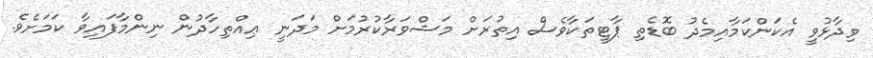
ވިދާޅުވީ އެކަންކަމާއިމެދު ބޮޑެތި ޕާޓީތަކާވެސް އިތުރަށް މަޝްވަރާކުރުމަށް މަދަނީ ޢިއްތިހާދުން ނިންމާފައިވާ ކަމަށެވެ.